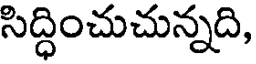
సిద్ధించుచున్నది,